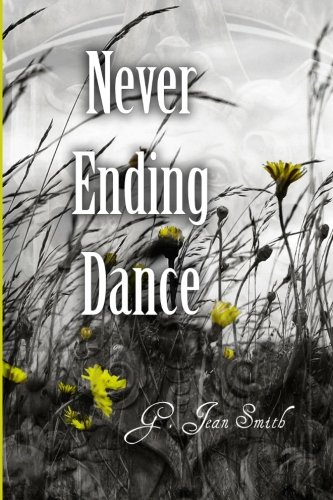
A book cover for Never Ending Dance; G. Jean Smith; Parenting & Relationships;